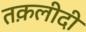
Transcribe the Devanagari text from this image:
तक़लीदी